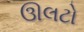
ઊલટો